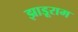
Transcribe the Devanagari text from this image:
झाड़ूराम